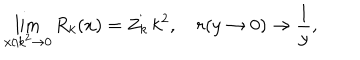
LaTeX: \lim _ { x / k ^ { 2 } \to 0 } R _ { k } ( x ) = Z _ { k } \, k ^ { 2 } , \quad r ( y \to 0 ) \to \frac { 1 } { y } ,